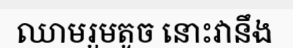
ឈាមរួមតូច នោះវានឹង